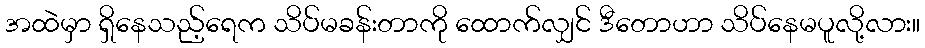
အထဲမှာ ရှိနေသည့်ရေက သိပ်မခန်းတာကို ထောက်လျှင် ဒီတောဟာ သိပ်နေမပူလို့လား။